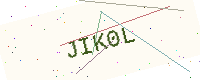
Text: JIK0L